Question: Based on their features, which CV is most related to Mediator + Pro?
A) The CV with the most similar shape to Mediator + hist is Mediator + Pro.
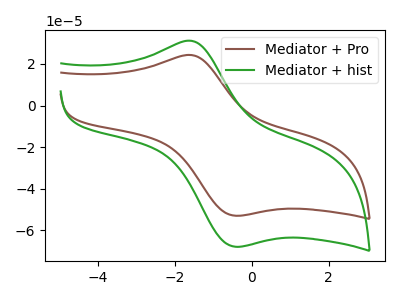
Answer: <think>The brown curve "Mediator + Pro" has an anodic peak at (-1.55V, 24.20uA) and a cathodic peak at (-0.30V, -52.95uA). The green curve "Mediator + hist" has an anodic peak at (-1.55V, 31.00uA) and a cathodic peak at (-0.30V, -67.85uA).
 All the peaks in "Mediator + Pro" have a peak in "Mediator + hist" at the same potential. Every peak in "Mediator + Pro" is lower than every peak in "Mediator + hist".</think>
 <answer>A) The CV with the most similar shape to "Mediator + hist" is "Mediator + Pro".</answer>
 <eval>A</eval>